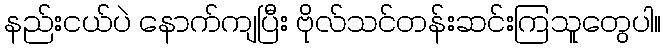
နည်းငယ်ပဲ နောက်ကျပြီး ဗိုလ်သင်တန်းဆင်းကြသူတွေပါ။